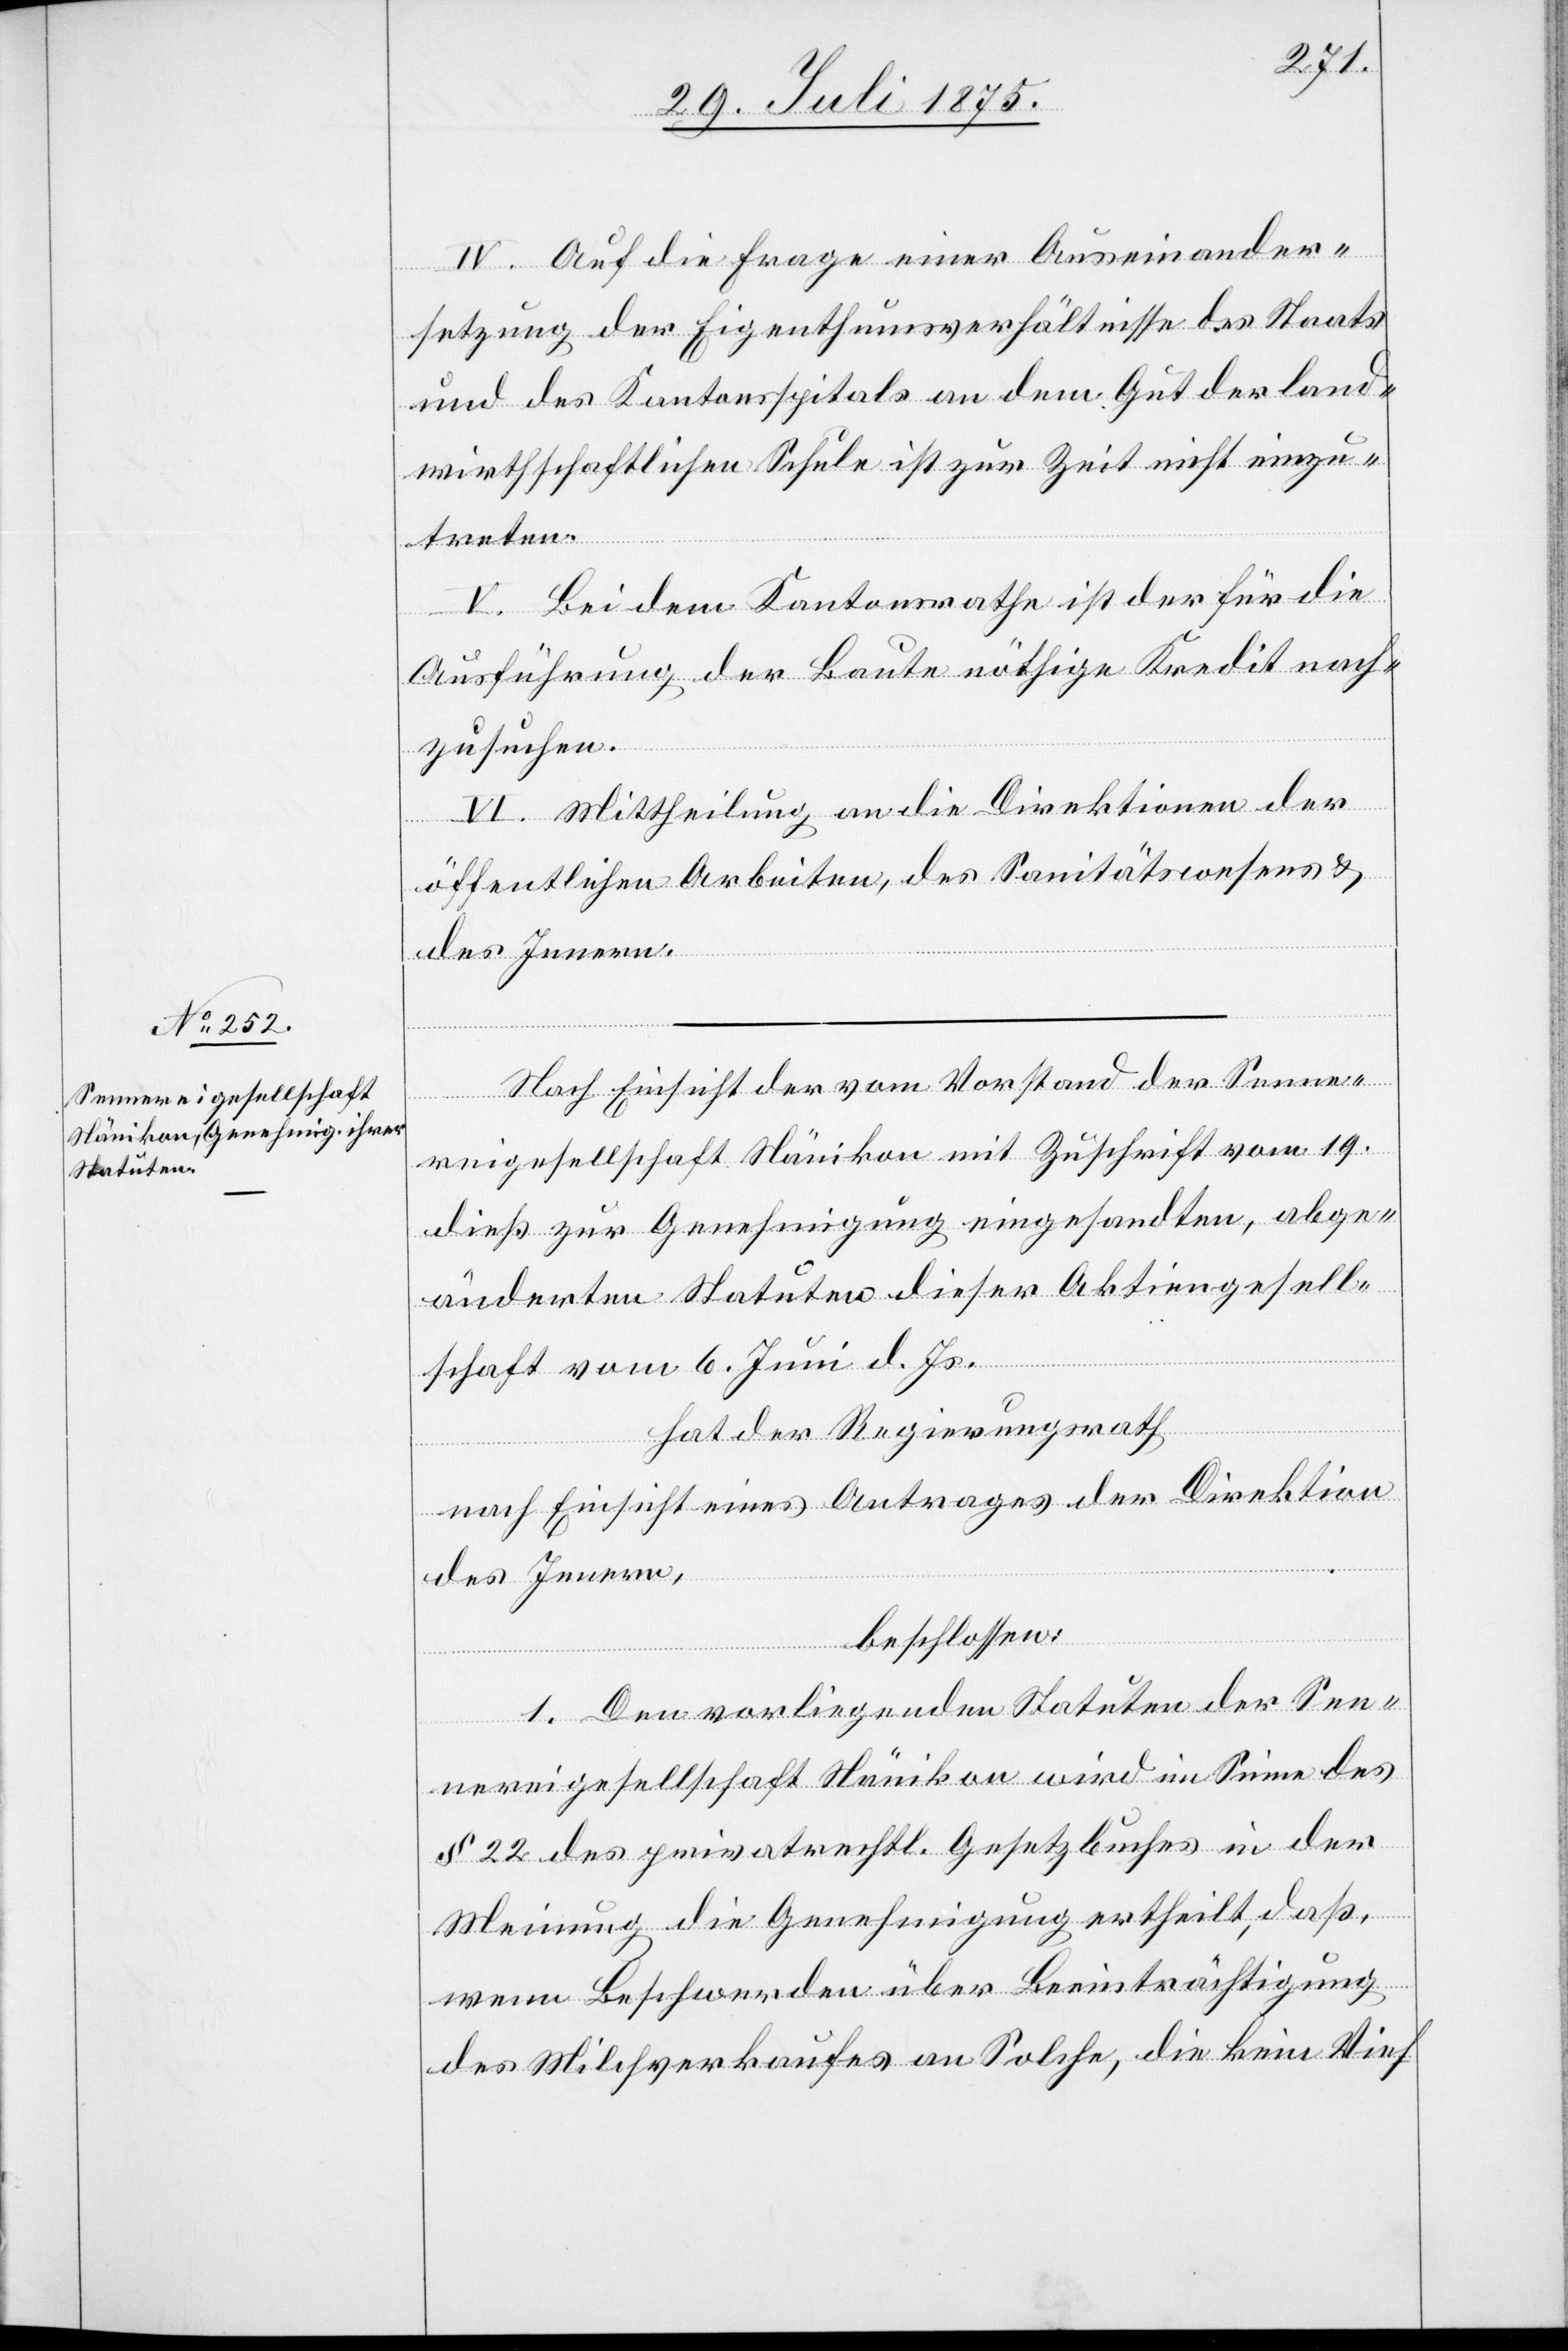
IV. Auf die Frage einer Auseinander¬
setzung der Eigenthumsverhältnisse des Staats
und des Kantonsspitals an dem Gut der land¬
wirthschaftlichen Schule ist zur Zeit nicht einzu¬
treten.
V. Bei dem Kantonsrathe ist der für die
Ausführung der Baute nöthige Kredit nach¬
zusuchen.
VI. Mittheilung an die Direktionen der
öffentlichen Arbeiten, des Sanitätswesen &
des Innern.
Nach Einsicht der vom Vorstand der Senne¬
reigesellschaft Nänikon mit Zuschrift vom 19.
dieß zur Genehmigung eingesandten, abge¬
änderten Statuten dieser Aktiengesell¬
schaft vom 6. Juli d. Js.
hat der Regierungsrath
nach Einsicht eines Antrages der Direktion
des Innern,
beschlossen:
1. Den vorliegenden Statuten der Sen¬
nereigesellschaft Nänikon wird im Sinne des
§ 22 des privatrechtl. Gesetzbuches in der
Meinung die Genehmigung ertheilt, daß,
wenn Beschwerden über Beeinträchtigung
des Milchverkaufes an Solche, die kein Vieh